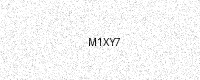
Text: M1XY7